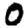
Digit: 0